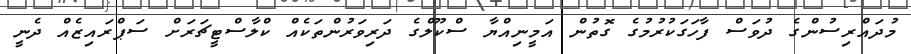
މުދައްރިސުންގެ ދުވަސް ފާހަގަކުރުމުގެ ގޮތުން އަމީނިއްޔާ ސްކޫލްގެ ދަރިވަރުންތަކެއް ކްލާސްޓީޗަރަށް ސަޕްރައިޒެއް ދެނީ